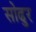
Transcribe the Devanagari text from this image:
सोढुर